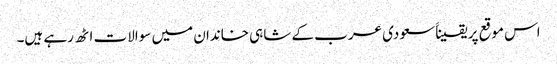
اس موقع پر یقیناََ سعودی عرب کے شاہی خاندان میں سوالات اٹھ رہے ہیں۔